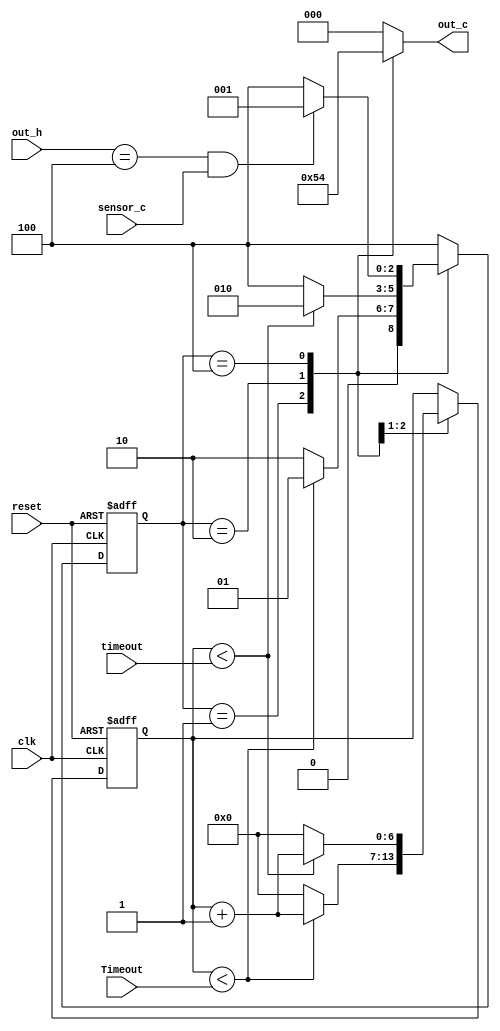

module countryway(clk,sensor_c,Timeout,timeout,reset,out_h,out_c);
		input clk;
		input[6:0] Timeout;
		input[3:0] timeout;
		input sensor_c;
		input[2:0] out_h;
		input reset;
		output reg [2:0] out_c;
parameter green_c =3'b001,yellow_c=3'b010,red_c=3'b100;
parameter size=3;
reg [size-1:0] state;
reg [6:0] count=0;
always@(posedge clk or posedge reset )
begin
	if(reset==1) 
	begin
		state<=red_c;
		count<=0;
	end
	else begin
	case(state)
		green_c : if (count<Timeout) 
						begin
							count<=count+1;
							state<=green_c;
						end else 
						begin 
							state<=yellow_c;							
							count<=0;
						end
		yellow_c: if(count<timeout) 
						begin
							count<=count+1;
							state<=yellow_c;
						end else 
						begin
							state<=red_c;
							count<=0;						
						end
		red_c:   		 if(out_h==3'b100 && sensor_c==1)
								begin
									state<=green_c;													
								end
							else
								begin
									state<=red_c;
								end
		default : state<=red_c;
	endcase
	end
end
always@(state)
	begin
	case(state)
		green_c :begin out_c<=3'b001;end
		yellow_c :begin out_c<=3'b010;end
		red_c  : begin out_c<=3'b100;end
		default out_c<=3'b000;
	endcase
	end
endmodule